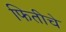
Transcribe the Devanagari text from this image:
फितीचे